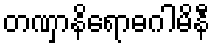
တဏှာနိရောဓဂါမိနီ